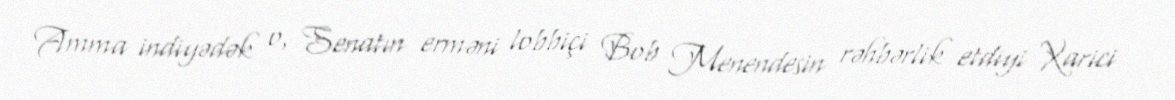
Amma indiyədək o, Senatın erməni lobbiçi Bob Menendesin rəhbərlik etdiyi Xarici